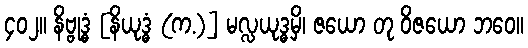
၄၀၂။ နိဗ္ဗုဒ္ဓံ [နိယုဒ္ဓံ (က.)] မလ္လယုဒ္ဓမှိ၊ ဇယော တု ဝိဇယော ဘဝေ။